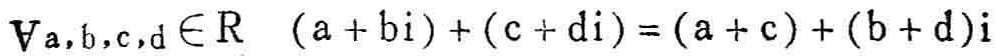
\(\forall a,b,c,d \in \mathbb{R}\quad (a + b\text{i})+(c + d\text{i})=(a + c)+(b + d)\text{i}\)